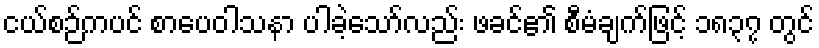
ငယ်စဉ်ကပင် စာပေဝါသနာ ပါခဲ့သော်လည်း ဖခင်၏ စီမံချက်ဖြင့် ၁၈၃၇ တွင်